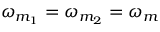
\omega _ { m _ { 1 } } = \omega _ { m _ { 2 } } = \omega _ { m }